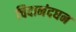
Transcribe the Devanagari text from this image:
चिदानंदघन